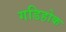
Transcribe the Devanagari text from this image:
गडिहोक